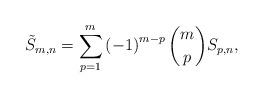
LaTeX: \begin{align*}\tilde{S}_{m,n}=\sum_{p=1}^{m}\left(-1\right)^{m-p}\binom{m}{p}S_{p,n},\end{align*}